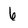
Character: 6